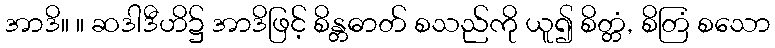
အာဒိ။ ။ ဆဒါဒီဟိ၌ အာဒိဖြင့် စိန္တဓာတ် စသည်ကို ယူ၍ စိတ္တံ, စိတြံ စသော